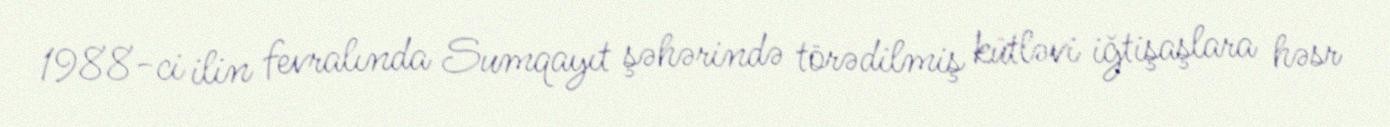
1988-ci ilin fevralında Sumqayıt şəhərində törədilmiş kütləvi iğtişaşlara həsr